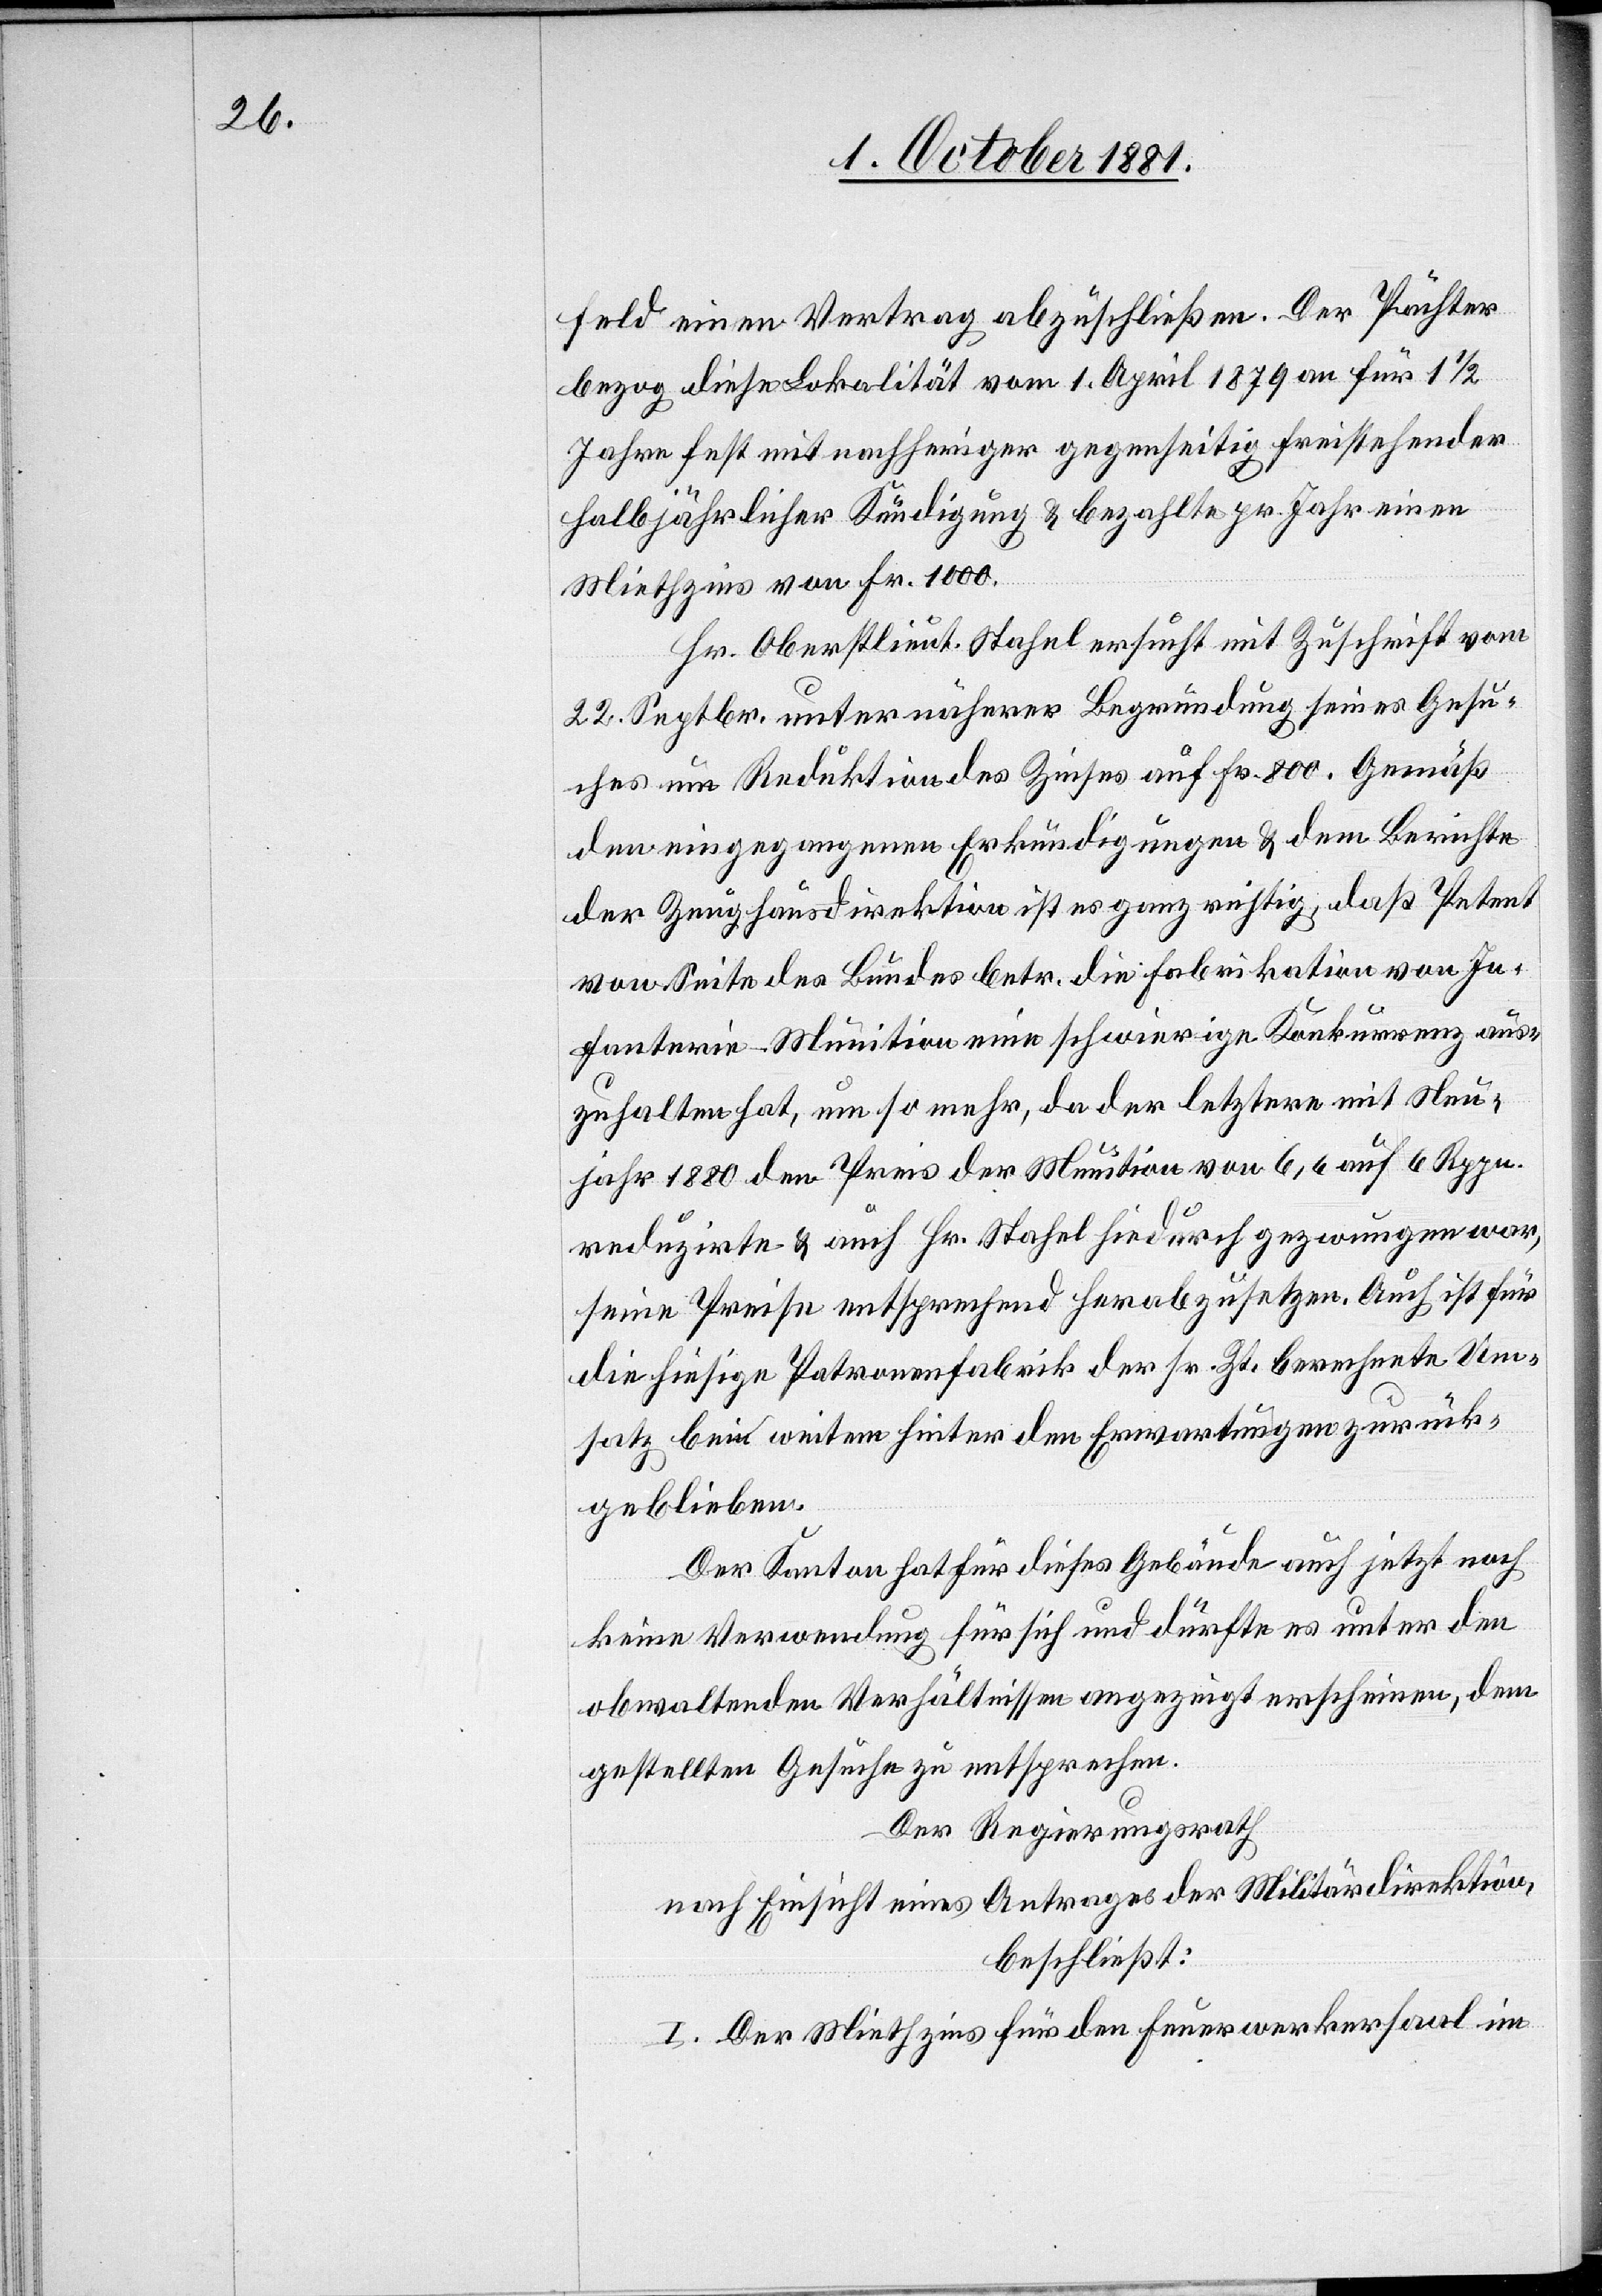
feld einen Vertrag abzuschließen. Der Pächter
bezog diese Lokalität vom 1. April 1879 an für 1 1/2
Jahre fest mit nachheriger gegenseitig freistehender
halbjährlicher Kündigung & bezahlte pr. Jahr einen
Miethzins von Fr. 1000.
Hr. Oberstlieut. Stahel ersucht mit Zuschrift vom
22. Septbr. unter näherer Begründung seines Gesu¬
ches um Reduktion des Zinses auf Fr. 800. Gemäß
den eingegangenen Erkundigungen & dem Berichte
der Zeughausdirektion ist es ganz richtig, daß Petent
von Seite des Bundes betr. die Fabrikation von In¬
fanterie-Munition eine schwierige Konkurrenz aus¬
zuhalten hat, um so mehr, da der letztere mit Neu¬
jahr 1880 den Preis der Munition von 6,6 auf 6 Rppn.
reduzirte & auch Hr. Stahel hiedurch gezwungen war,
seine Preise entsprechend herabzusetzen. Auch ist für
die hiesige Patronenfabrik der sr. Zt. berechnete Um¬
satz bei weitem hinter den Erwartungen zurück¬
geblieben.
Der Kanton hat für dieses Gebäude auch jetzt noch
keine Verwendung für sich und dürfte es unter den
obwaltenden Verhältnissen angezeigt erscheinen, dem
gestellten Gesuche zu entsprechen.
Der Regierungsrath
nach Einsicht eines Antrages der Militärdirektion,
beschließt:
I. Der Miethzins für den Feuerwerkersaal im